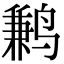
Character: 鹣